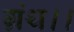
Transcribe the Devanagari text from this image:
ग्रंथ।।